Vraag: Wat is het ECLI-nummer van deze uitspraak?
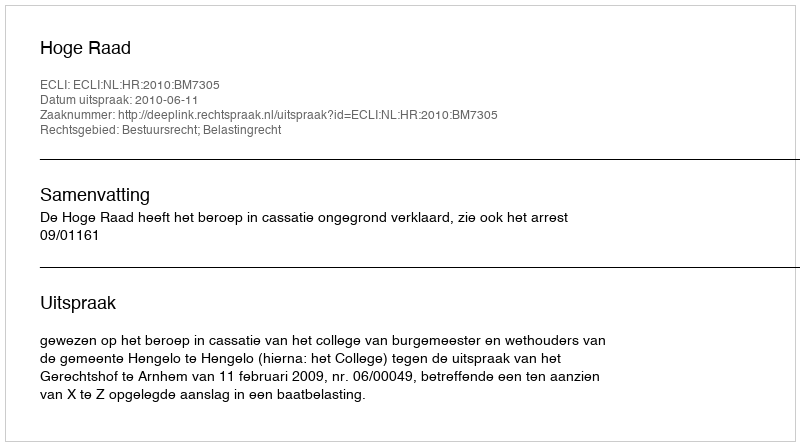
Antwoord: ECLI:NL:HR:2010:BM7305